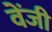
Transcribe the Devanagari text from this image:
वेंजी